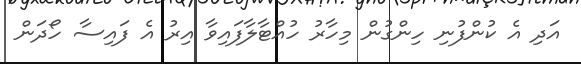
އަދި އެ ކުންފުނި ހިންގުން މިހާރު ހުއްޓާލާފައިވާ އިރު އެ ފައިސާ ހޯދަން